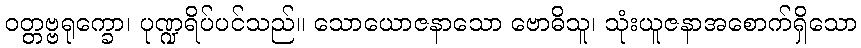
ဝတ္တဗ္ဗရုက္ခော၊ ပုဏ္ဍရိပ်ပင်သည်။ သောယောဇနာသော ဗောဓိသူ၊ သုံးယူဇနာအစောက်ရှိသော